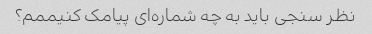
نظر سنجی باید به چه شماره‌ای پیامک کنیممم؟